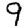
Digit: 9